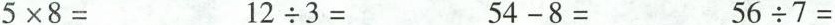
$$5 \times 8 =$$$$1 2 \div 3 =$$$$5 4 - 8 =$$ $$5 6 \div 7 =$$